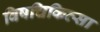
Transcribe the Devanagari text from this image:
विषचिकित्सा